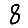
Digit: 8